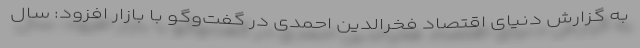
به گزارش دنیای اقتصاد فخرالدین احمدی در گفت‌وگو با بازار افزود: سال